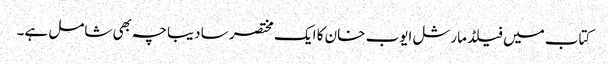
کتاب میں فیلڈ مارشل ایوب خان کا ایک مختصر سا دیباچہ بھی شامل ہے۔